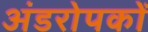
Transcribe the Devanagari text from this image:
अंडरोपकों